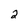
Character: 2